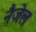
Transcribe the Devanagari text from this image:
नैजेल